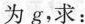
为g，求：